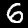
Digit: 6